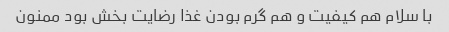
با سلام هم کیفیت و هم گرم بودن غذا رضایت بخش بود ممنون